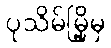
ပုသိမ်မြို့မှ